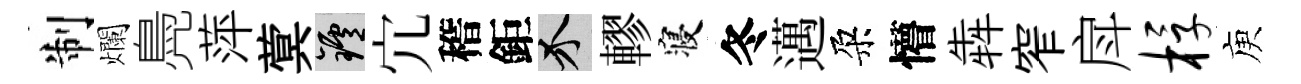
制爛鳧萍蓂爐宂稽鉅介轇寝冬邁朶懵犇窄戽桴庾